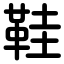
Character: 鞋